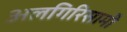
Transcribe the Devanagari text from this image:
अलगिरिसामी